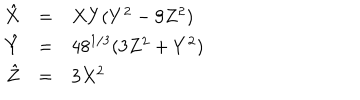
\begin{array} { r c l } { { \hat { X } } } & { { = } } & { { X Y ( Y ^ { 2 } - 9 Z ^ { 2 } ) } } \\ { { \hat { Y } } } & { { = } } & { { 4 8 ^ { 1 / 3 } ( 3 Z ^ { 2 } + Y ^ { 2 } ) } } \\ { { \hat { Z } } } & { { = } } & { { 3 X ^ { 2 } } } \\ \end{array}